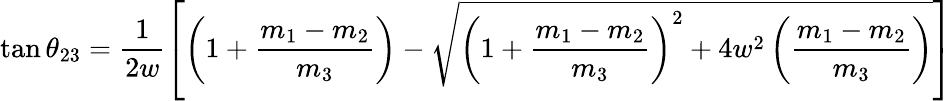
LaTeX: \tan\theta_{23}=\frac{1}{2w}\left[\left(1+\frac{m_{1}-m_{2}}{m_{3}}\right)-\sqrt{\left(1+\frac{m_{1}-m_{2}}{m_{3}}\right)^{2}+4w^{2}\left(\frac{m_{1}-m_{2}}{m_{3}}\right)}\right]